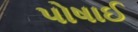
પોષાઈ